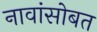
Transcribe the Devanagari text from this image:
नावांसोबत